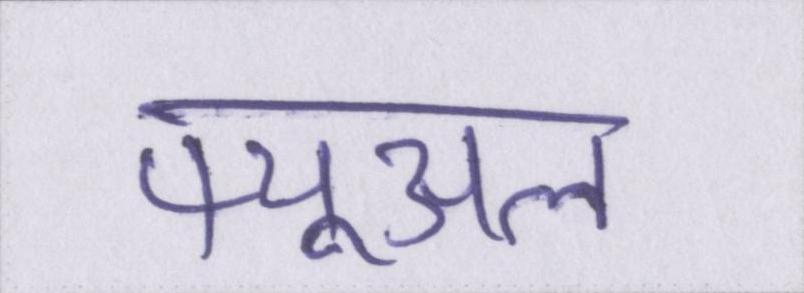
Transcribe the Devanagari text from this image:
फ्यूअल